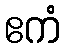
ဧကံ